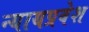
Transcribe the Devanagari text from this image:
न्यायप्रवेश